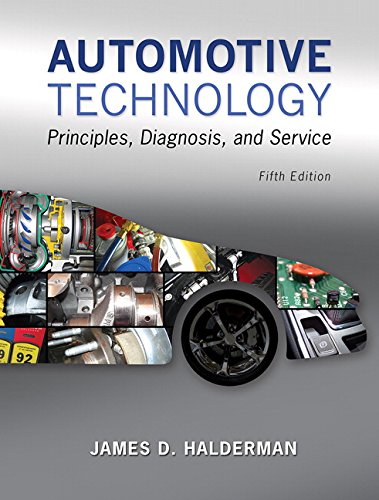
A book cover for Automotive Technology: Principles, Diagnosis, and Service (5th Edition); James D. Halderman; Engineering & Transportation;